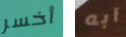
أخسر آبه